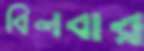
বিলবার